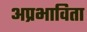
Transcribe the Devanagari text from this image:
अप्रभाविता